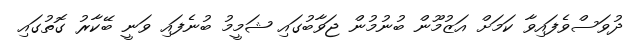
ދުވަސްވެފައިވާ ކަމަށް އަޒުމޫން ބުނުމުން ޖަވާބުގައި ޝަމީމު ބުނެފައި ވަނީ ބޭކާރު ގޮތުގައި